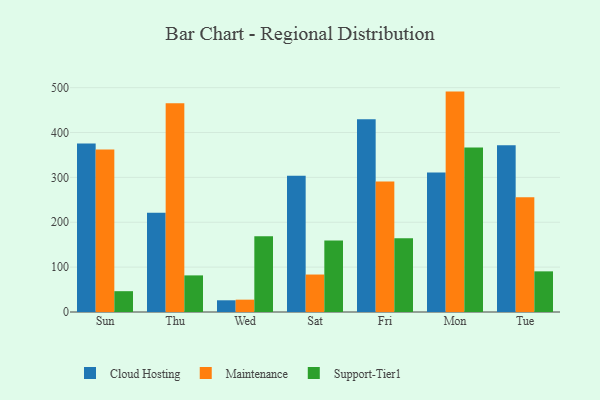
{"axis": {"x": "Day", "y": "Net Income (USD K)"}, "legend": ["Cloud Hosting", "Maintenance", "Support-Tier1"], "data": [{"x": "Sun", "y": 375.7, "type": "Cloud Hosting"}, {"x": "Sun", "y": 362.4, "type": "Maintenance"}, {"x": "Sun", "y": 46.4, "type": "Support-Tier1"}, {"x": "Thu", "y": 221.2, "type": "Cloud Hosting"}, {"x": "Thu", "y": 465.1, "type": "Maintenance"}, {"x": "Thu", "y": 81.6, "type": "Support-Tier1"}, {"x": "Wed", "y": 26.1, "type": "Cloud Hosting"}, {"x": "Wed", "y": 27.5, "type": "Maintenance"}, {"x": "Wed", "y": 168.9, "type": "Support-Tier1"}, {"x": "Sat", "y": 303.5, "type": "Cloud Hosting"}, {"x": "Sat", "y": 83.5, "type": "Maintenance"}, {"x": "Sat", "y": 159.6, "type": "Support-Tier1"}, {"x": "Fri", "y": 429.6, "type": "Cloud Hosting"}, {"x": "Fri", "y": 290.6, "type": "Maintenance"}, {"x": "Fri", "y": 164.1, "type": "Support-Tier1"}, {"x": "Mon", "y": 311.0, "type": "Cloud Hosting"}, {"x": "Mon", "y": 491.2, "type": "Maintenance"}, {"x": "Mon", "y": 366.6, "type": "Support-Tier1"}, {"x": "Tue", "y": 371.7, "type": "Cloud Hosting"}, {"x": "Tue", "y": 255.7, "type": "Maintenance"}, {"x": "Tue", "y": 90.6, "type": "Support-Tier1"}]}